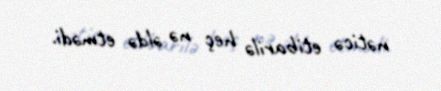
nəticə etibarilə heç nə əldə etmədi.